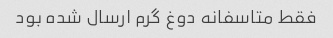
فقط متاسفانه دوغ گرم ارسال شده بود